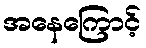
အနေကြောင့်